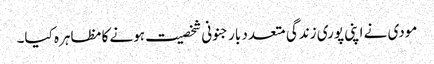
مودی نے اپنی پوری زندگی متعدد بار جنونی شخصیت ہونے کا مظاہرہ کیا۔